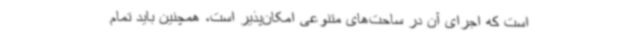
است که اجرای آن در ساحت‌های متنوعی امکان‌پذیر است، همچنین باید تمام